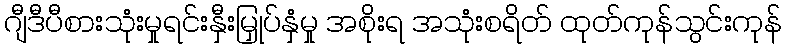
ဂျီဒီပီစားသုံးမှုရင်းနှီးမြှုပ်နှံမှု အစိုးရ အသုံးစရိတ် ထုတ်ကုန်သွင်းကုန်